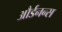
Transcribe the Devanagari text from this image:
और्डनन्स